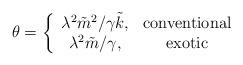
LaTeX: \begin{align*}{\theta}=\left\{\begin{array}{cc}{\lambda^2{\tilde m}^2}/{\gamma{\tilde k}},&{\rm conventional} \\{\lambda^2}{\tilde m}/\gamma,&{\rm exotic }\end{array}\right.\end{align*}